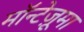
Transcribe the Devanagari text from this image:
मॉन्टेज़ूमा